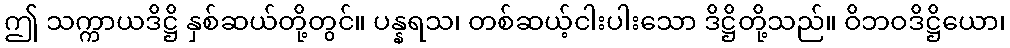
ဤ သက္ကာယဒိဋ္ဌိ နှစ်ဆယ်တို့တွင်။ ပန္နရသ၊ တစ်ဆယ့်ငါးပါးသော ဒိဋ္ဌိတို့သည်။ ဝိဘဝဒိဋ္ဌိယော၊